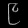
Digit: ၉